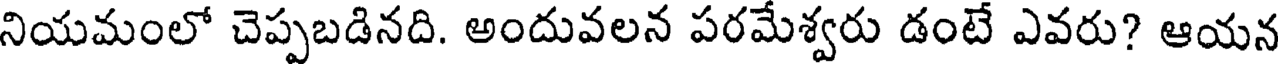
నియమంలో చెప్పబడినది. అందువలన పరమేశ్వరు డంటే ఎవరు? ఆయన